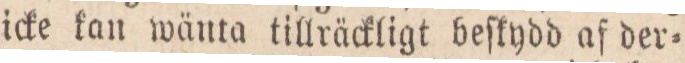
icke kan wänta tillräckligt beſkydd af der=